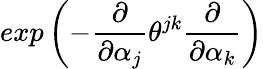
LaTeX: exp\left(-\frac{\partial}{\partial\alpha_{j}}\theta^{jk}\frac{\partial}{\partial\alpha_{k}}\right)